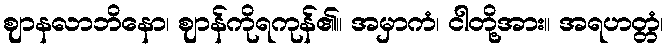
ဈာနလာဘိနော၊ ဈာန်ကိုရကုန်၏။ အမှာကံ၊ ငါတို့အား။ အရဟတ္တံ၊